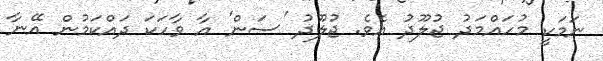
ނަމަކީ މުހައްމަދު ޖުލޫދު އެވެ. ޖުލޫދު 'ސަން' އާ ވާހަކަ ދައްކަމުން އޭނާ